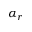
\alpha _ { r }